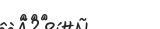
١٠٠